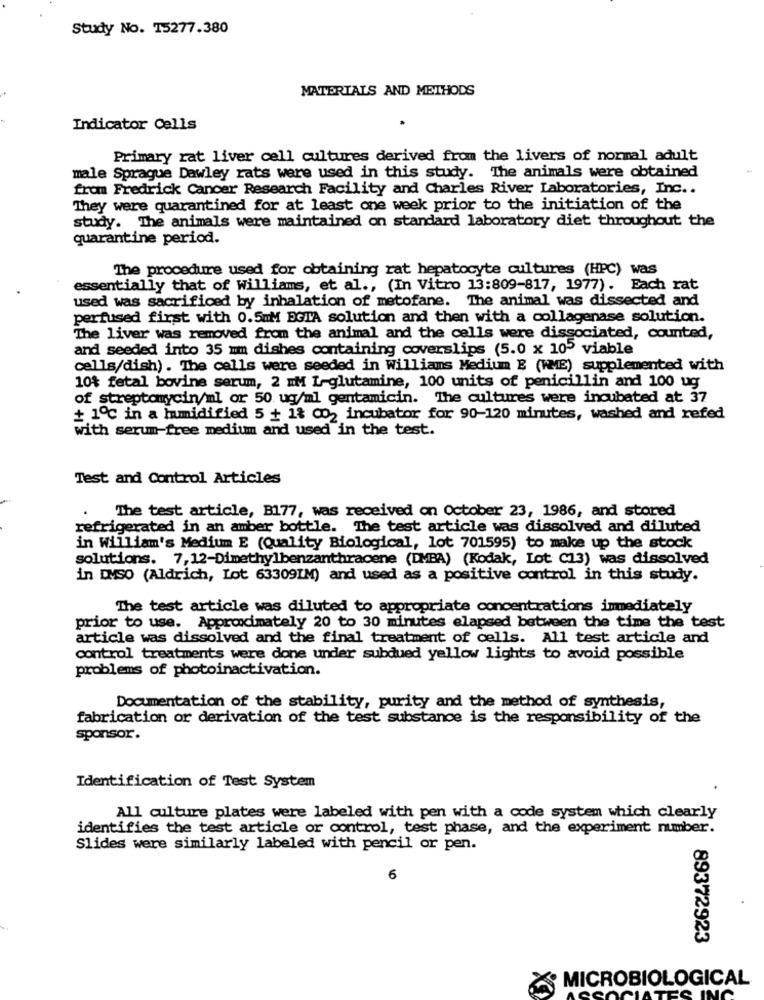
Study No. 15277.380
MATERIALS AND METHODS
Indicator Cells
Primary rat liver cell cultures derived from the livers of normal adult
male Sprague Dawley rats were used in this study. The animals were obtained
from Fredrick Cancer Research Facility and Charles River Laboratories, Inc ..
They were quarantined for at least one week prior to the initiation of the
study. The animals were maintained on standard laboratory diet throughout the
quarantine period.
The procedure used for obtaining rat hepatocyte cultures (HPC) was
essentially that of Williams, et al ., (In Vitro 13:809-817, 1977). Each rat
used was sacrificed by inhalation of metofane. The animal was dissected and
perfused first with 0.5mM EGIA solution and then with a collagenase solution.
The liver was removed from the animal and the cells were dissociated, counted,
and seeded into 35 mm dishes containing coverslips (5.0 x 105 viable
cells/dish). The cells were seeded in Williams Medium E (WME) supplemented with
10% fetal bovine serum, 2 MM L-glutamine, 100 units of penicillin and 100 ug
of streptomycin/ml or 50 ug/ml gentamicin. The cultures were incubated at 37
+ 1℃ in a humidified 5 + 18 002 incubator for 90-120 minutes, washed and refed
with serum-free medium and used in the test.
Test and Control Articles
The test article, B177, was received on October 23, 1986, and stored
refrigerated in an amber bottle. The test article was dissolved and diluted
in William's Medium E (Quality Biological, lot 701595) to make up the stock
solutions. 7,12-Dimethylbenzanthracene (DMBA) (Kodak, Lot C13) was dissolved
in DMSO (Aldrich, Lot 63309IM) and used as a positive control in this study.
The test article was diluted to appropriate concentrations immediately
prior to use. Approximately 20 to 30 minutes elapsed between the time the test
article was dissolved and the final treatment of cells. All test article and
control treatments were done under subdued yellow lights to avoid possible
problems of photoinactivation.
Documentation of the stability, purity and the method of synthesis,
fabrication or derivation of the test substance is the responsibility of the
sponsor.
Identification of Test System
All culture plates were labeled with pen with a code system which clearly
identifies the test article or control, test phase, and the experiment number.
Slides were similarly labeled with pencil or pen.
6
89372923
MICROBIOLOGICAL